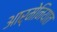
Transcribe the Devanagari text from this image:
आर्मेनियात